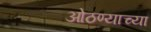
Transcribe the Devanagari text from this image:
ओठण्याच्या